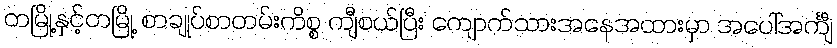
တမြို့နှင့်တမြို့ စာချုပ်စာတမ်းကိစ္စ ကျီစယ်ပြီး ကျောက်သားအနေအထားမှာ အပေါ်အင်္ကျီ